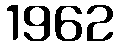
1962